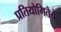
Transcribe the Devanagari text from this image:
प्रतियोगितेचे